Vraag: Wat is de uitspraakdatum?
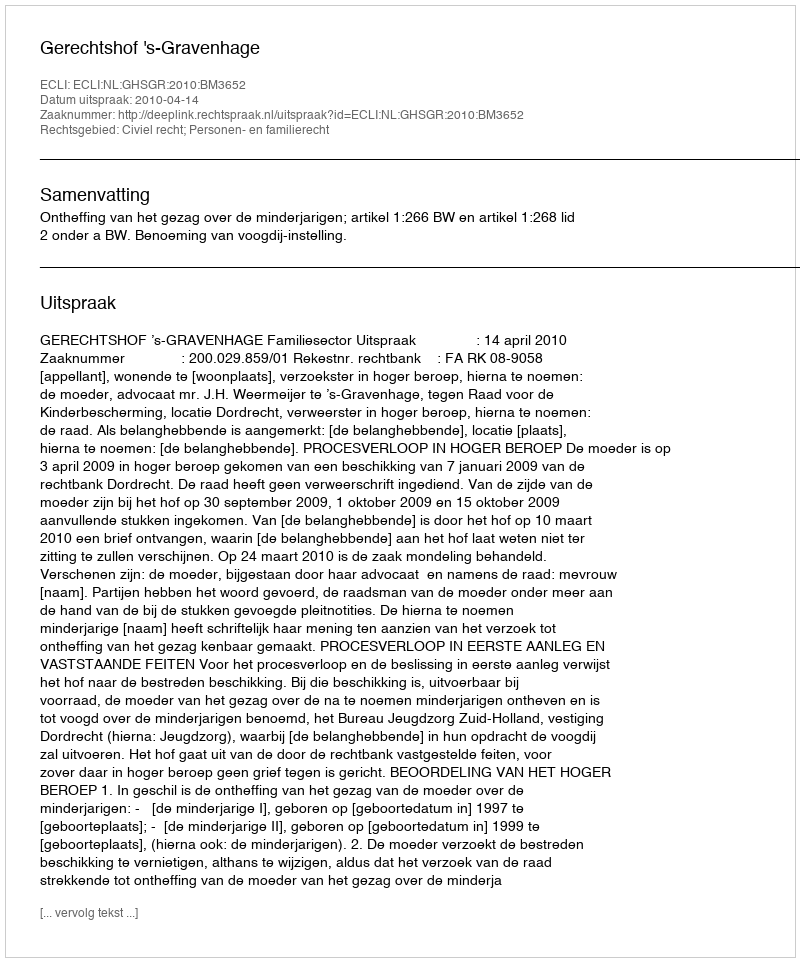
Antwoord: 2010-04-14